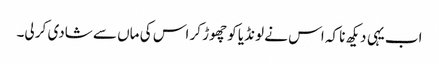
اب یہی دیکھ نا کہ اس نے لونڈیا کو چھوڑ کر اس کی ماں سے شادی کر لی۔